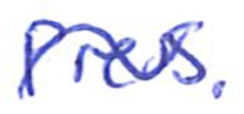
Text: Press.
Cross-out: mix
Writing tool: ballpoint